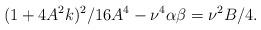
LaTeX: \begin{align*}(1+4A^2k)^2/16A^4-\nu^4\alpha\beta=\nu^2B/4. \end{align*}